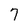
Character: 7